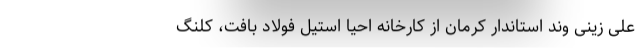
علی زینی وند استاندار کرمان از کارخانه احیا استیل فولاد بافت، کلنگ